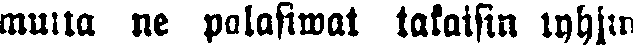
mutta ne palasiwat takaisin inhim-